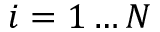
i = 1 \ldots N